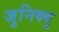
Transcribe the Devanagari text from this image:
जुनिक्यु